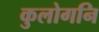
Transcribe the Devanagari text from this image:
कुलोगनि